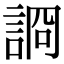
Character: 𧨝